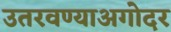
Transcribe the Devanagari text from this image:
उतरवण्याअगोदर